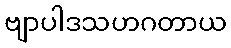
ဗျာပါဒသဟဂတာယ